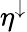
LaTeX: \eta^{\downarrow}